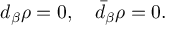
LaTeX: d _ { \beta } \rho = 0 , \quad \bar { d } _ { \beta } \rho = 0 .